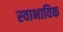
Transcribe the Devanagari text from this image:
स्‍वाभाविक